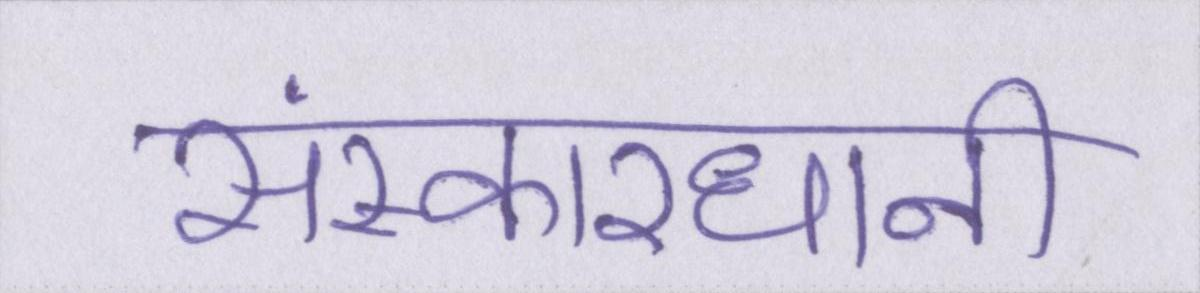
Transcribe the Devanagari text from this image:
संस्कारधानी